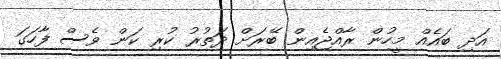
އަދި ބައެއް މީހުން ރާއްޖެއިން ބޭރަށް ދަތުރު ކުރި ކަން ވެސް ފާހަގަ